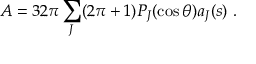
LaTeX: { \cal { A } } = 3 2 \pi \sum _ { J } ( 2 \pi + 1 ) P _ { J } ( \cos \theta ) a _ { J } ( s ) ~ .